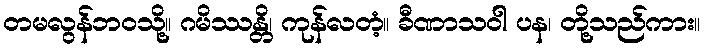
တမလွန်ဘဝသို့။ ဂမိဿန္တိ၊ ကုန်လတံ့။ ခီဏာသဝါ ပန၊ တို့သည်ကား။